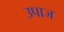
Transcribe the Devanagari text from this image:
उपाज